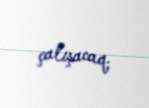
çalışacaq.